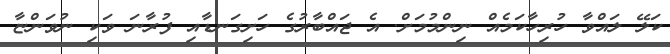
ކަލޭ ލައްވާ ހުރިހާކަމެއް ނިންމުމަށް. އެ ޖައްބާރުގެ ހަށިގަނޑާއި ފުރާނަ ވަކި ނުވަންޏާ